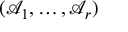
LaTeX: ( { \mathcal { A } } _ { 1 } , \dots , { \mathcal { A } } _ { r } )